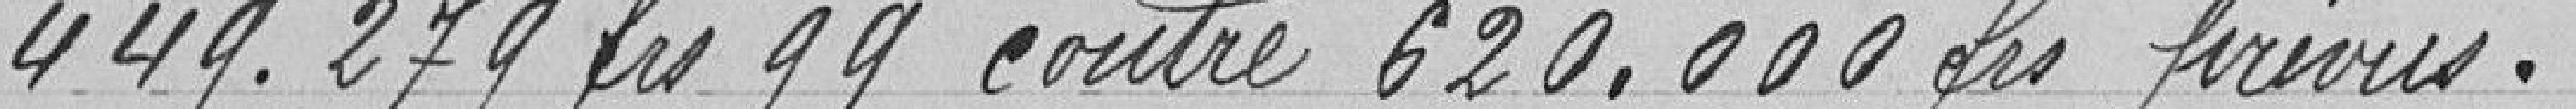
449.279 francs 99 contre 620.000 francs prévus.